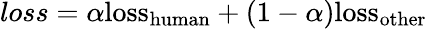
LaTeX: loss=\alpha{\mathrm{loss}}_{\mathrm{human}}+(1-\alpha){\mathrm{loss}}_{\mathrm{other}}